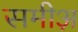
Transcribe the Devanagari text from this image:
समीअ़